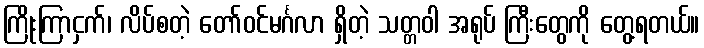
ကြိုးကြာငှက်၊ လိပ်စတဲ့ တော်ဝင်မင်္ဂလာ ရှိတဲ့ သတ္တဝါ အရုပ် ကြီးတွေကို တွေ့ရတယ်။